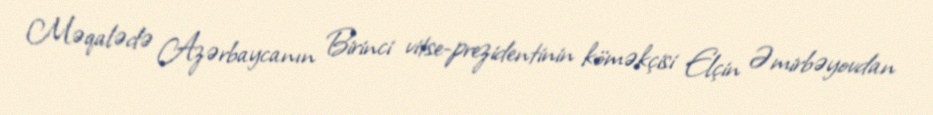
Məqalədə Azərbaycanın Birinci vitse-prezidentinin köməkçisi Elçin Əmirbəyovdan